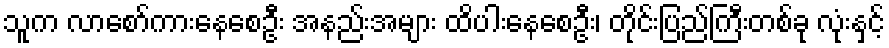
သူက လာစော်ကားနေစေဦး အနည်းအများ ထိပါးနေစေဦး၊ တိုင်းပြည်ကြီးတစ်ခု လုံးနှင့်